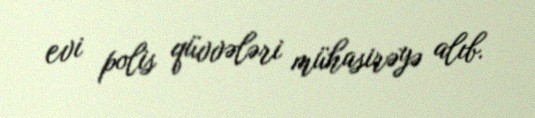
evi polis qüvvələri mühasirəyə alıb.